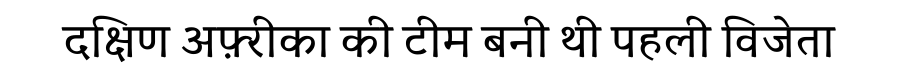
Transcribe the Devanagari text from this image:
दक्षिण अफ़्रीका की टीम बनी थी पहली विजेता